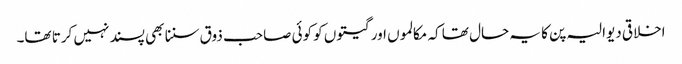
اخلاقی دیوالیہ پن کا یہ حال تھا کہ مکالموں اور گیتوں کو کوئی صاحب ذوق سننا بھی پسند نہیں کرتا تھا۔